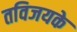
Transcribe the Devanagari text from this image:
तविजयके